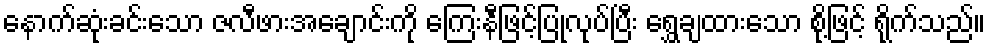
နောက်ဆုံးခင်းသော ဇလီဖားအချောင်းကို ကြေးနီဖြင့်ပြုလုပ်ပြီး ရွှေချထားသော စို့ဖြင့် ရိုက်သည်။